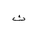
Letter: _tha